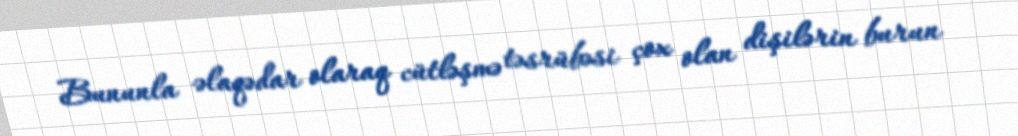
Bununla əlaqədar olaraq cütləşmə təsrübəsi çox olan dişilərin burun